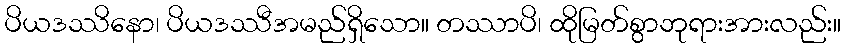
ပိယဒဿိနော၊ ပိယဒဿီအမည်ရှိသော။ တဿာပိ၊ ထိုမြတ်စွာဘုရားအားလည်း။